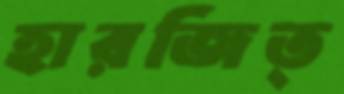
হারজিত্